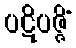
ပဋိပဇ္ဇိံ